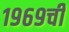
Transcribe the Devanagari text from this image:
१९६९ची